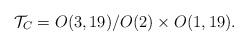
LaTeX: \begin{align*}{\cal T}_C = O(3,19)/O(2) \times O(1,19).\end{align*}